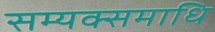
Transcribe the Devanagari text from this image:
सम्यक्समाधि